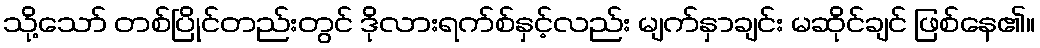
သို့သော် တစ်ပြိုင်တည်းတွင် ဒိုလားရက်စ်နှင့်လည်း မျက်နှာချင်း မဆိုင်ချင် ဖြစ်နေ၏။